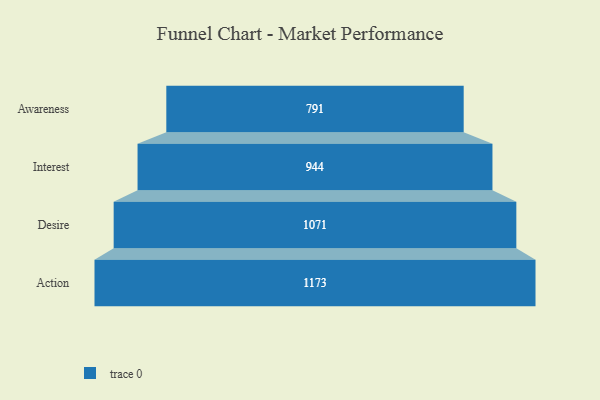
{"axis": {"x": "Stage", "y": "Value"}, "legend": [""], "data": [{"x": "Awareness", "y": 791.0, "type": ""}, {"x": "Interest", "y": 944.0, "type": ""}, {"x": "Desire", "y": 1071.0, "type": ""}, {"x": "Action", "y": 1173.0, "type": ""}]}